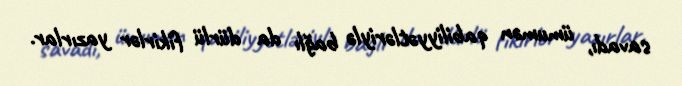
savadı, ümumən qabiliyyətləriylə bağlı da dürlü fikirlər yazırlar.